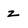
Character: z